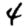
Digit: 4